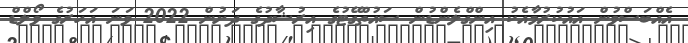
އެއްބަސްވުން އައުކުރުމާއެކު އިންގްލެންޑުން ސައުތްގޭޓުގެ އިރުޝާދުގެ ދަށުން 2022 ވަނަ އަހަރުގެ ވޯލްޑް